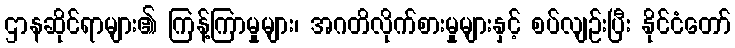
ဌာနဆိုင်ရာများ၏ ကြန့်ကြာမှုများ၊ အဂတိလိုက်စားမှုများနှင့် စပ်လျဉ်းပြီး နိုင်ငံတော်